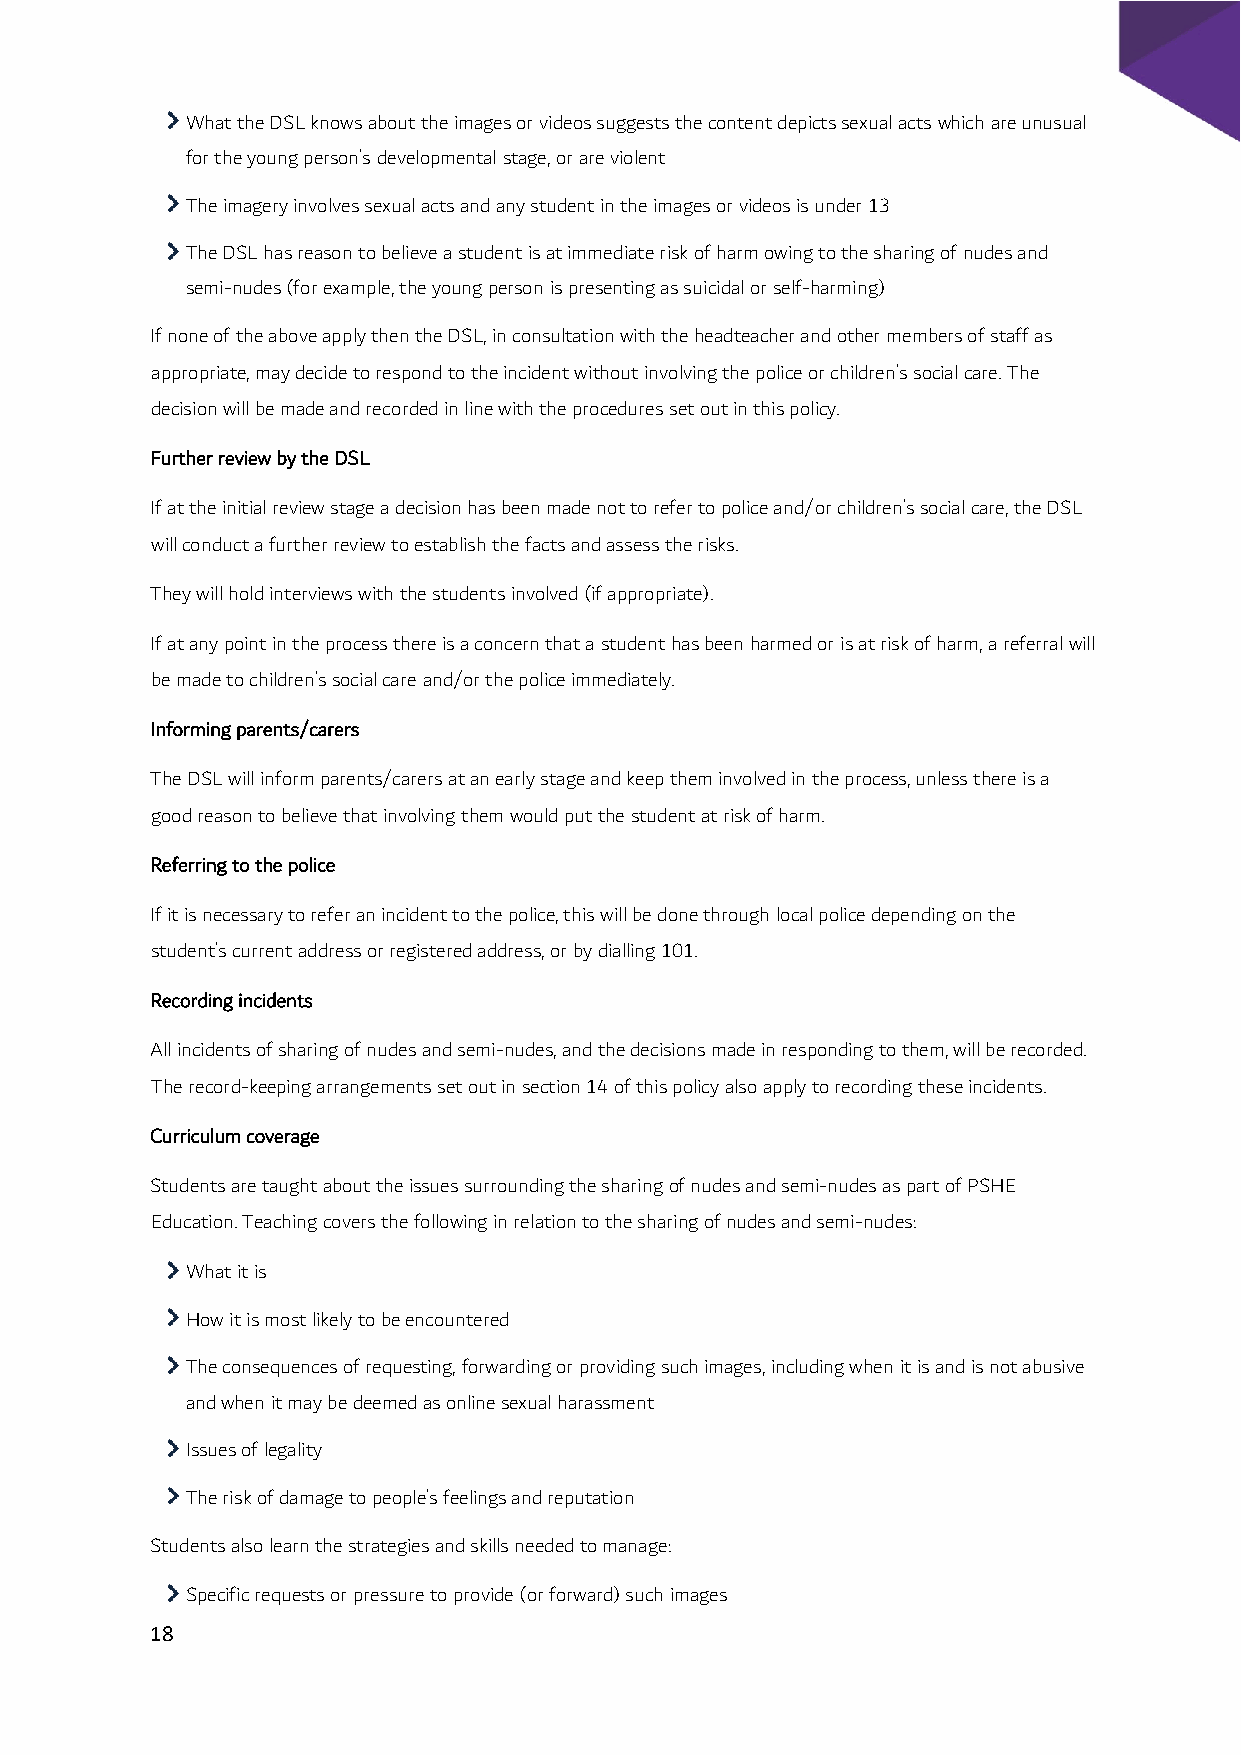
What the DSL knows about the images or videos suggests the content depicts sexual acts which are unusual
 for the young person’s developmental stage, or are violent
 The imagery involves sexual acts and any student in the images or videos is under 13
 The DSL has reason to believe a student is at immediate risk of harm owing to the sharing of nudes and
 semi-nudes (for example, the young person is presenting as suicidal or self-harming)
 If none of the above apply then the DSL, in consultation with the headteacher and other members of staff as
 appropriate, may decide to respond to the incident without involving the police or children’s social care. The
 decision will be made and recorded in line with the procedures set out in this policy.
 Further review by the DSL
 If at the initial review stage a decision has been made not to refer to police and/or children’s social care, the DSL
 will conduct a further review to establish the facts and assess the risks.
 They will hold interviews with the students involved (if appropriate).
 If at any point in the process there is a concern that a student has been harmed or is at risk of harm, a referral will
 be made to children’s social care and/or the police immediately.
 Informing parents/carers
 The DSL will inform parents/carers at an early stage and keep them involved in the process, unless there is a
 good reason to believe that involving them would put the student at risk of harm.
 Referring to the police
 If it is necessary to refer an incident to the police, this will be done through local police depending on the
 student’s current address or registered address, or by dialling 101.
 Recording incidents
 All incidents of sharing of nudes and semi-nudes, and the decisions made in responding to them, will be recorded.
 The record-keeping arrangements set out in section 14 of this policy also apply to recording these incidents.
 Curriculum coverage
 Students are taught about the issues surrounding the sharing of nudes and semi-nudes as part of PSHE
 Education. Teaching covers the following in relation to the sharing of nudes and semi-nudes:
 What it is
 How it is most likely to be encountered
 The consequences of requesting, forwarding or providing such images, including when it is and is not abusive
 and when it may be deemed as online sexual harassment
 Issues of legality
 The risk of damage to people’s feelings and reputation
 Students also learn the strategies and skills needed to manage:
 Specific requests or pressure to provide (or forward) such images
 18